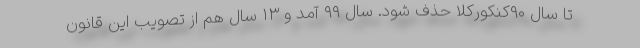
تا سال ۹۰کنکورکلاً حذف شود. سال ۹۹ آمد و ١٣ سال هم از تصویب این قانون